Civil Veterinary Department Bengal reports 1933-51 - 1933-1951
Year: 1933
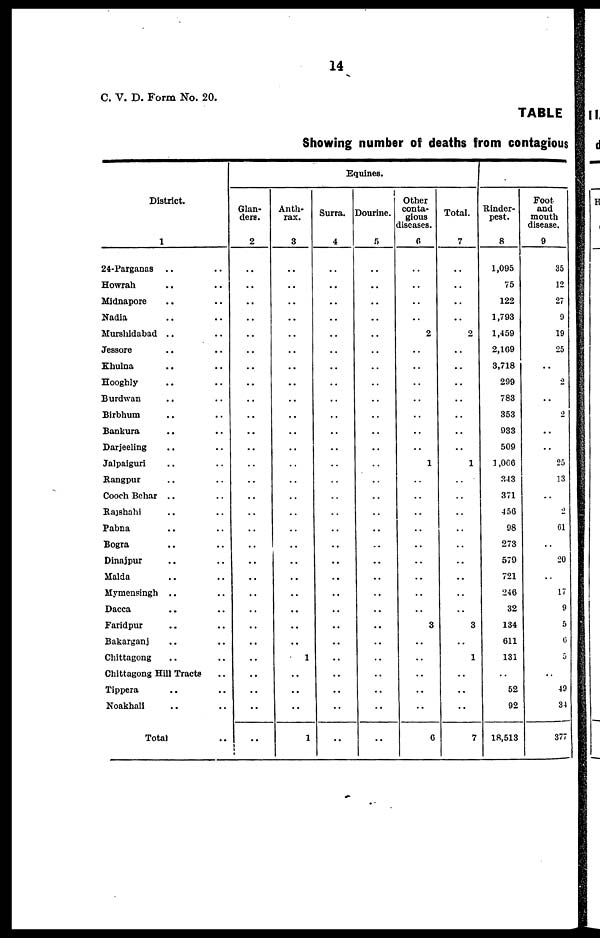
14
C. V. D. Form No. 20.
TABLE
Showing number of deaths from contagious
District.
1
24-Parganas .. ..
Howrah .. ..
Midnapore .. ..
Nadia .. ..
Murshidabad .. ..
Jessore .. ..
Khulna .. ..
Hooghly .. ..
Burdwan .. ..
Birbhum .. ..
Bankura
.. ..
Darjeeling .. ..
Jalpaiguri .. ..
Rangpur .. ..
Cooch Behar .. ..
Rajshahi .. ..
Pabna .. ..
Bogra .. ..
Dinajpur .. ..
Malda .. ..
Mymensingh .. ..
Dacca .. ..
Faridpur .. ..
Bakarganj .. ..
Chittagong .. ..
Chittagong Hill Tracts ..
Tippera .. ..
Noakhali .. ..
Total ..
Equines.
Glan-
ders.
2
..
..
..
..
..
..
..
..
..
..
..
..
..
..
..
..
..
..
..
..
..
..
..
..
..
..
..
..
..
Anth-
rax.
3
..
..
..
..
..
..
..
..
..
..
..
..
..
..
..
..
..
..
..
..
..
..
..
..
1
..
..
..
1
Surra.
4
..
..
..
..
..
..
..
..
..
..
..
..
..
..
..
..
..
..
..
..
..
..
..
..
..
..
..
..
..
Dourine.
5
..
..
..
..
..
..
..
..
..
..
..
..
..
..
..
..
..
..
..
..
..
..
..
..
..
..
..
..
..
Other
conta-
gious
diseases.
6
..
..
..
..
2
..
..
..
..
..
..
..
1
..
..
..
..
..
..
..
..
..
3
..
..
..
..
..
6
Total.
7
..
..
..
..
2
..
..
..
..
..
..
..
1
..
..
..
..
..
..
..
..
..
3
..
1
..
..
..
7
Rinder-
pest.
8
1,095
75
122
1,793
1,459
2,169
3,718
299
783
353
933
509
1,066
343
371
456
98
273
579
721
246
32
134
611
131
..
52
92
18,513
Foot
and
mouth
disease.
9
35
12
27
9
19
25
..
2
..
2
..
..
25
13
..
2
01
..
20
..
17
9
5
0
5
..
49
34
377